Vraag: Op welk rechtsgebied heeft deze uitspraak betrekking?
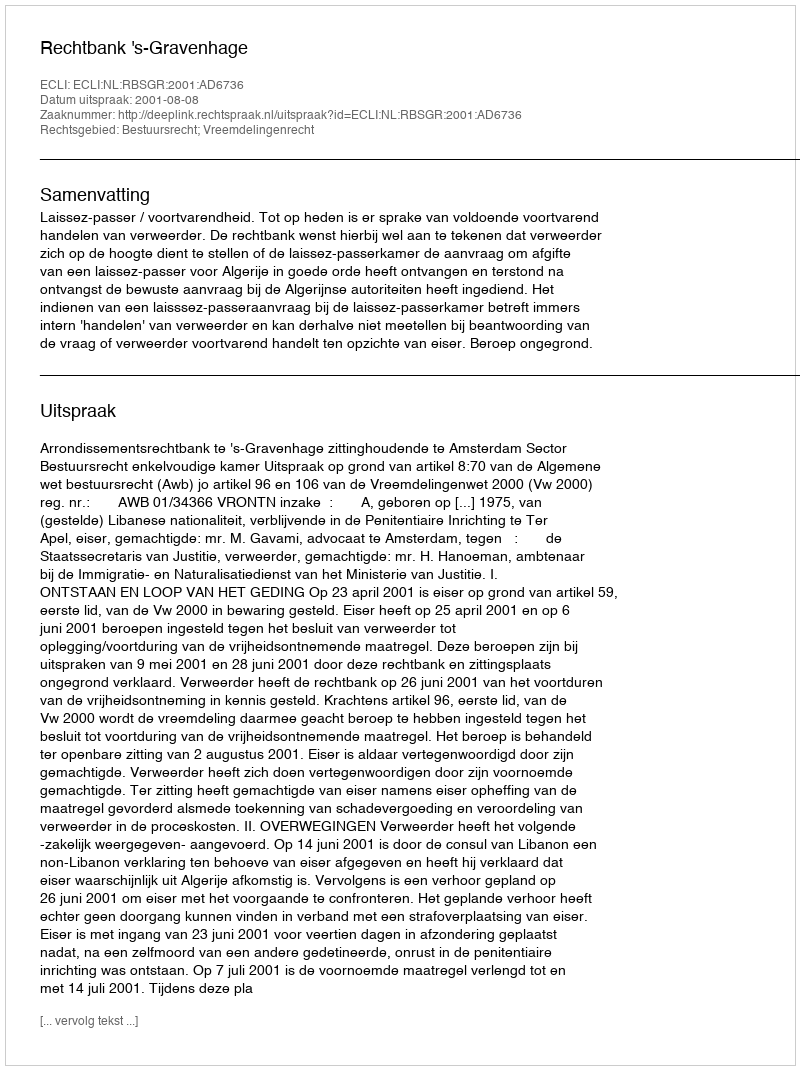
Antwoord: Bestuursrecht; Vreemdelingenrecht